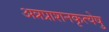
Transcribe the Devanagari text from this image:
अन्नप्राशनकृत्येषु